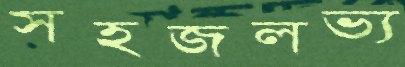
সহজলভ্য